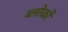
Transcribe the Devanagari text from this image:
ब्लोकों